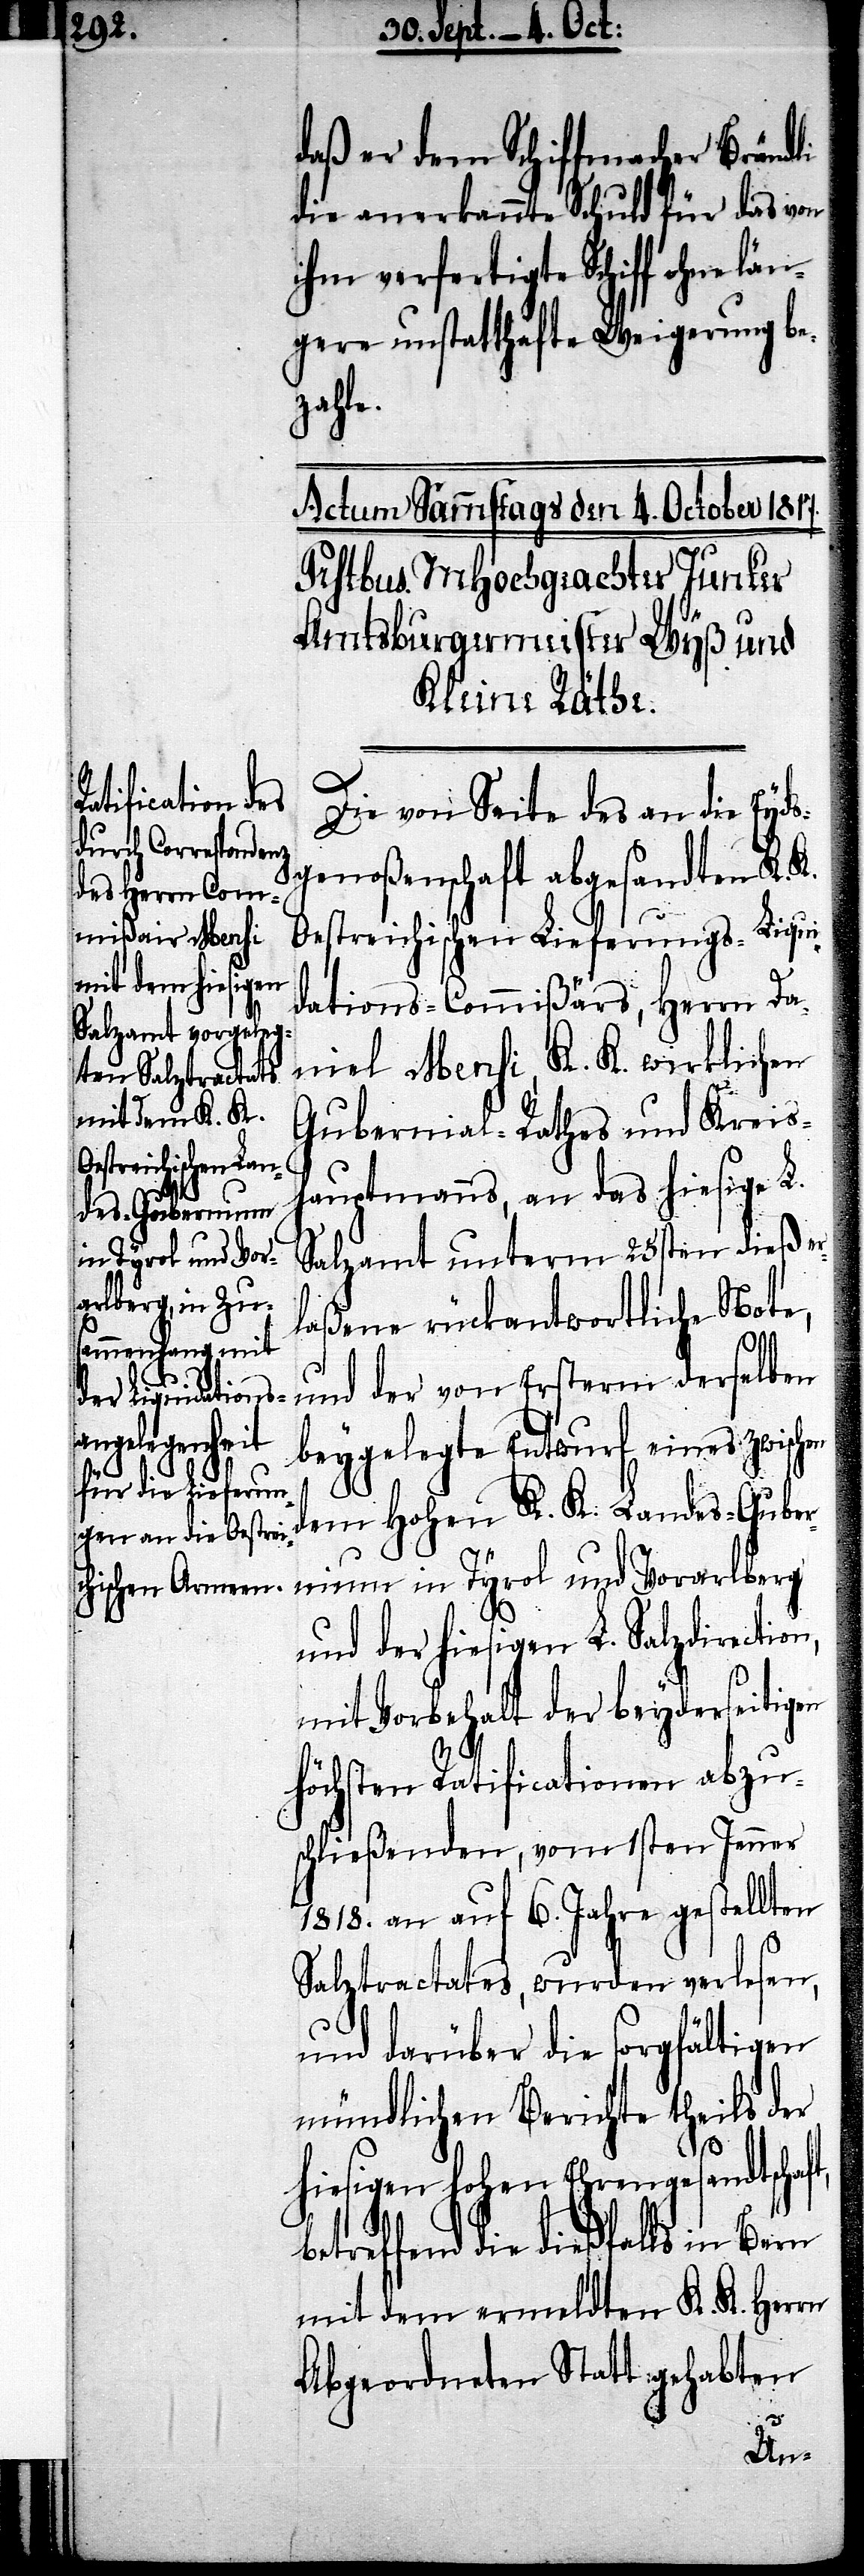
daß er dem Schiffmacher Brändli
die anerkannte Schuld für das von
ihm verfertigte Schiff ohne
gere unstatthafte Weigerung be¬
zahle.
Die von Seite des an die Eyds¬
genoßenschaft abgesandten K. K.
Oestreichischen Lieferungs-Liqui¬
dations-Commißärs, Herrn Da¬
niel Mensi, K. K. wirklichen
Gubernial-Rathes und Kreis¬
hauptmanns, an das hiesige L.
Salzamt unterm 25ten dieß er¬
laßene rückantwortliche Note,
t,
und der von Ersterm derselben
beygelegte Entwurf eines zwischen
dem Hohen K. K. Landes-Guber¬
nium in Tyrol und Vorarlberg
und der hiesigen L. Salzdirecti¬
mit Vorbehalt der beyderseitigen
höchsten Ratificationen abzu¬
schließenden, vom 1sten Jenner
1818. an auf 6. Jahre gestellten
Salztractates, wurden verlesen,
und darüber die sorgfältigen
mündlichen Berichte theils der
hiesigen hohen Ehrengesandtschaf¬
betreffend die dießfalls in Bern
mit dem ermeldten K. K. Herrn
Abgeordneten Statt gehabten
län¬